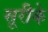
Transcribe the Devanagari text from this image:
सूरीके